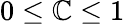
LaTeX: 0\leq\mathbb{C}\leq1